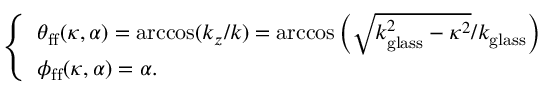
\left\{ \begin{array} { l l } { \theta _ { \mathrm { f f } } ( \kappa , \alpha ) = \operatorname { a r c c o s } ( k _ { z } / k ) = \operatorname { a r c c o s } \bigg ( \sqrt { k _ { \mathrm { g l a s s } } ^ { 2 } - \kappa ^ { 2 } } / k _ { \mathrm { g l a s s } } \bigg ) } \\ { \phi _ { \mathrm { f f } } ( \kappa , \alpha ) = \alpha . } \end{array} \right.